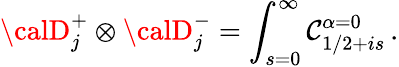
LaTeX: {\calD}_{j}^{+}\otimes{\calD}_{j}^{-}=\int_{s=0}^{\infty}{\cal\mathcal{C}}_{1/2+is}^{\alpha=0}\, .